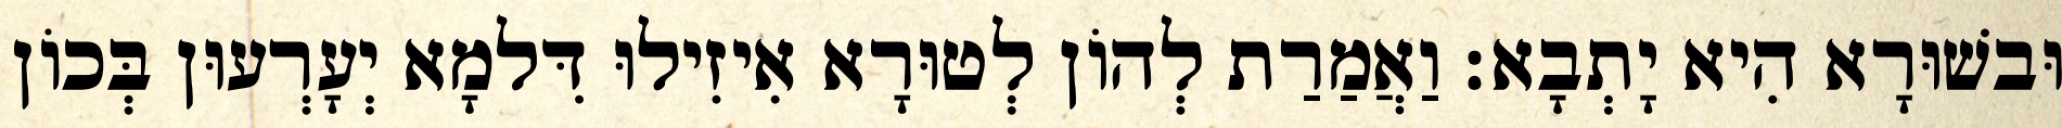
וּבשׁוּרָא הִיא יָתְבָא׃ וַאֲמַרַת לְהוֹן לְטוּרָא אִיזִילוּ דִּלמָא יְעָרְעוּן בְּכוֹן